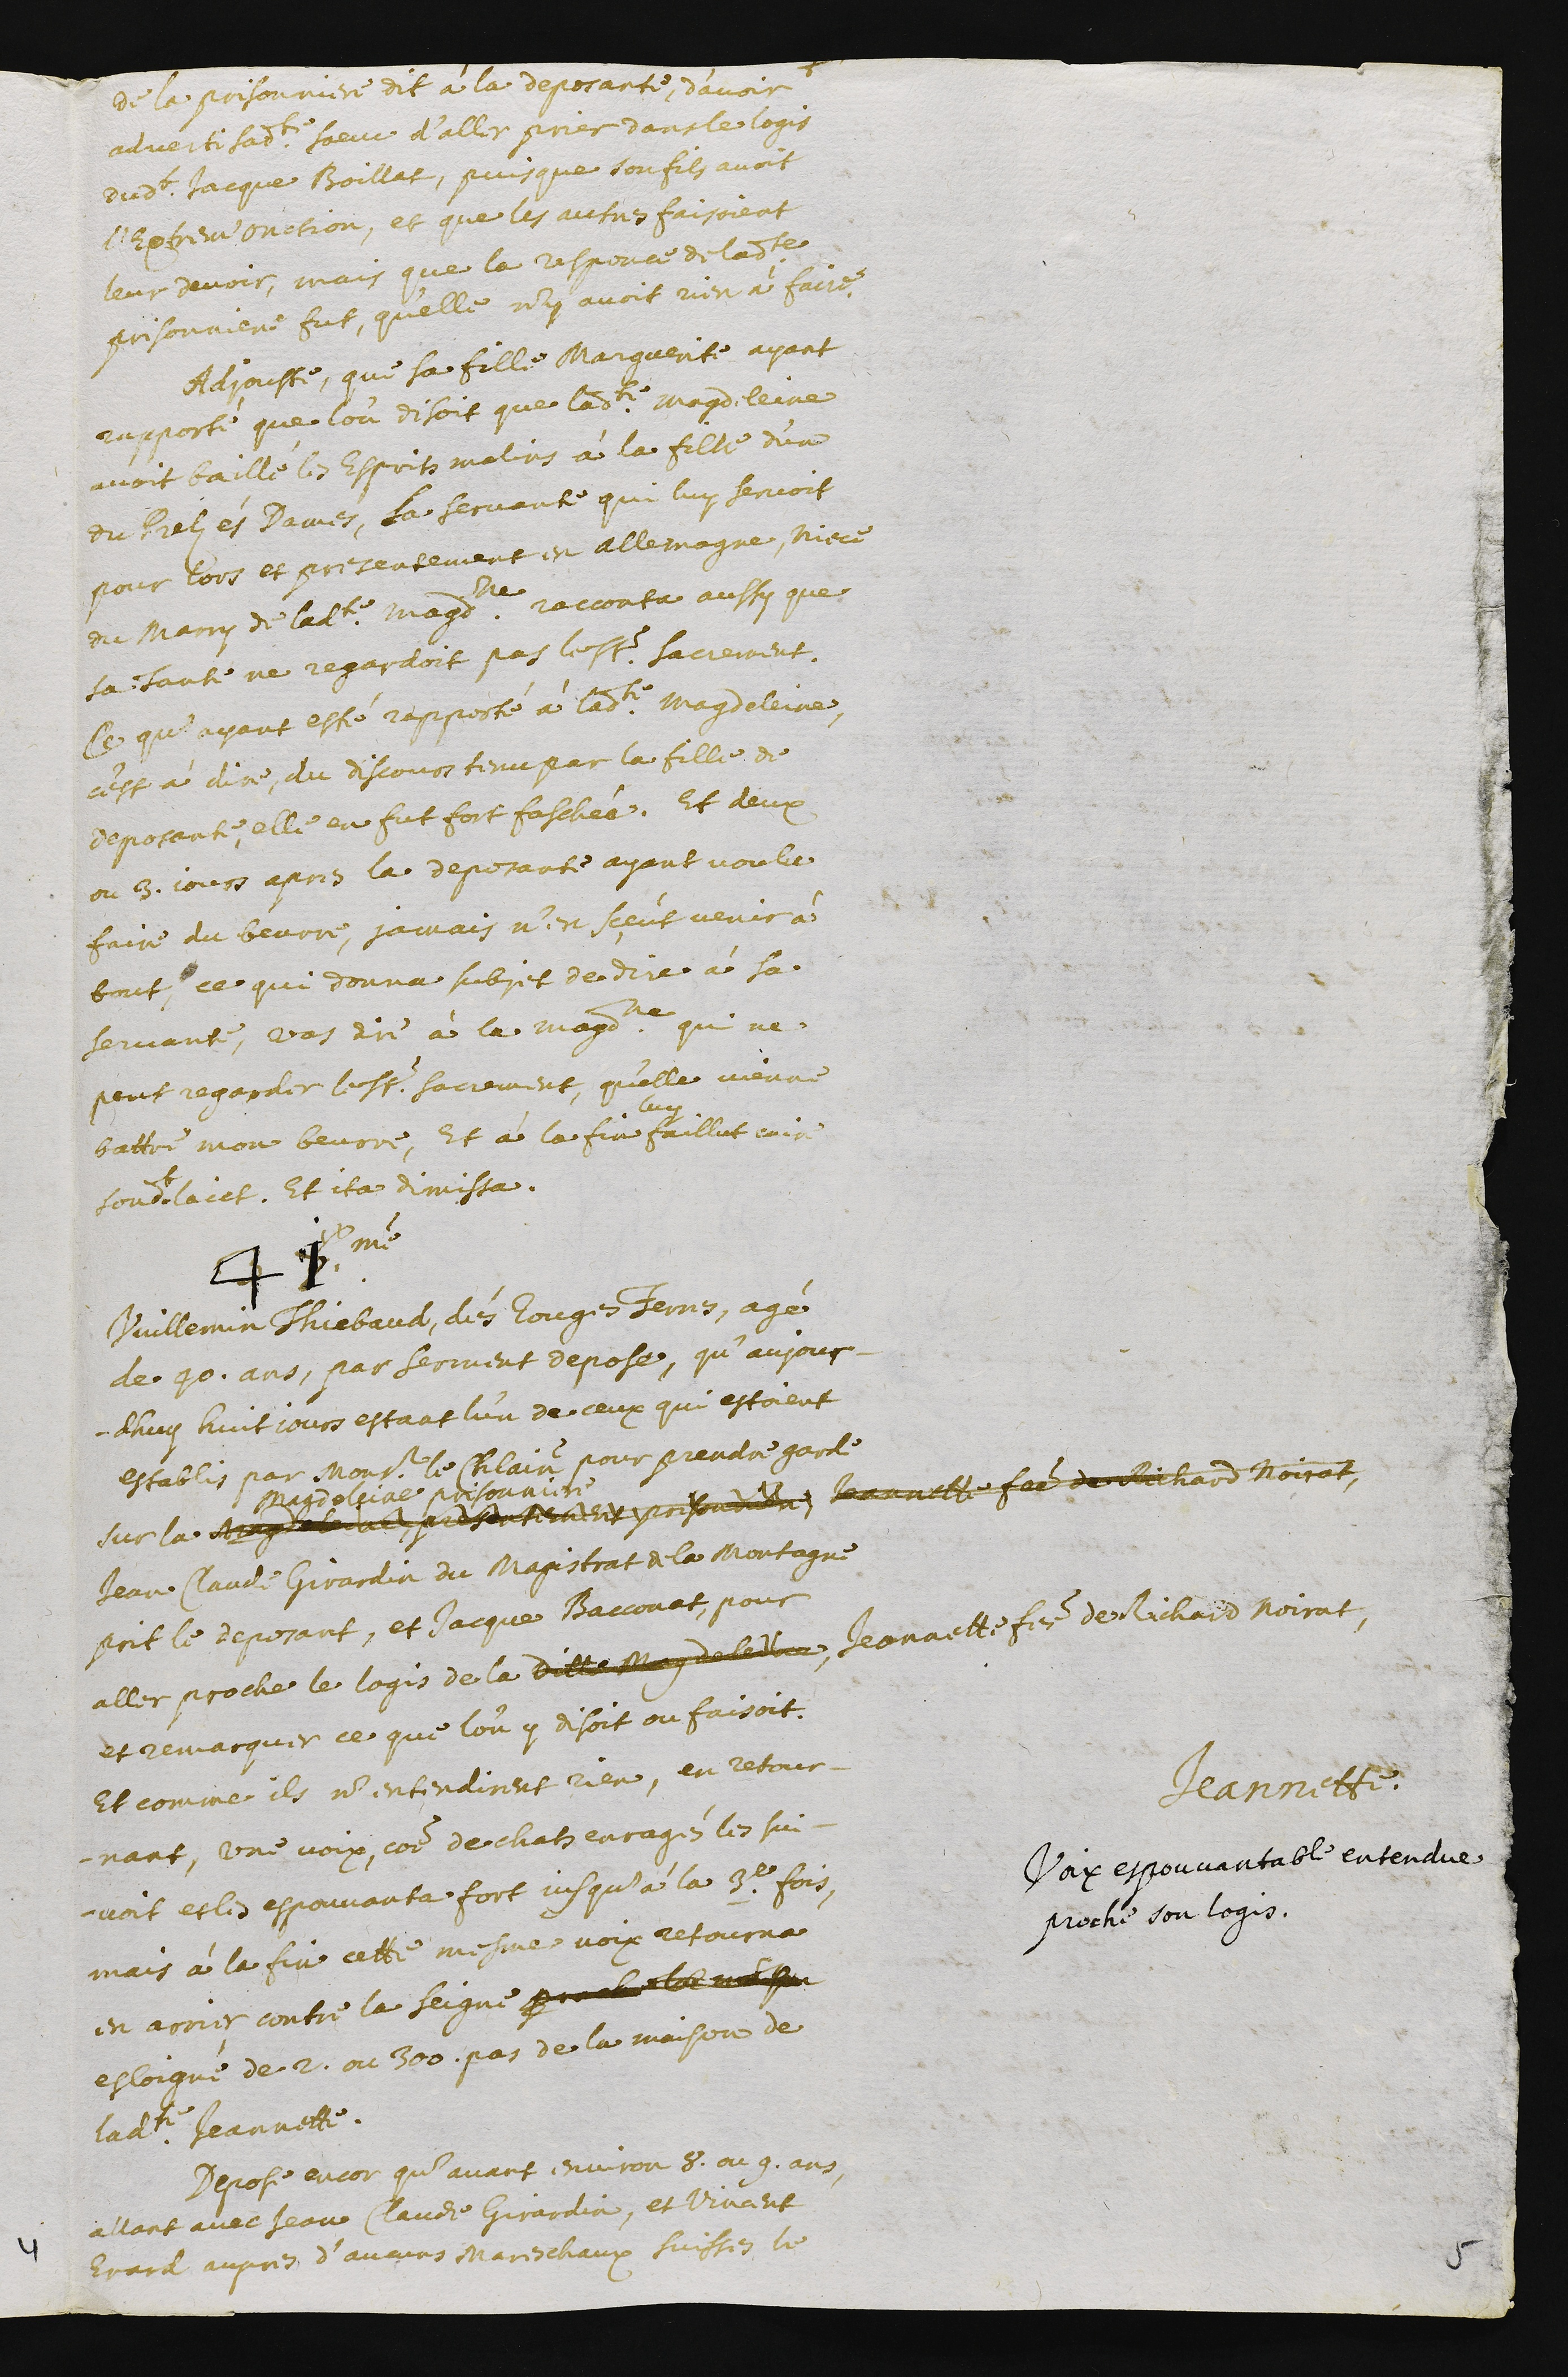
de la prisonniere dit à la deposante, d’avoir
adverti sadite sœur d’aller prier dans le logis
dudit Jacque Boillat, puisque son fils avoit
l’extreme onction, et que les autres faisoient
leur devoir, mais que la responce de ladite
prisonniere fut, qu’elle n’y avoit rien à faire.
Adjouste, que sa fille Marguerite ayant
rapporté que l’on disoit que ladite Magdeleine
avoit baillé les esprits malins à la fille d’un
du Prelz és Dames. La servante qui luy servoit
pour lors et presentement en Allemagne, niece
du marry de ladite Magdeleine racconta aussy que
sa tante ne regardoit pas le St. Sacrement.
Ce qu’ayant esté rapporté à ladite Magdeleine,
c’est à dire, du discours tenu par la fille de
deposante, elle en fut fort faschée. Et deux
ou 3. jours apres la deposante ayant voulu
faire du beurre, jamais n’en sçeut venir à
bout, ce qui donna subjet de dire à sa
servante, Vas dire à la Magdeleine qui ne
peut regarder le St. Sacrement, qu’elle vienne
battre mon beurre, Et à la fin
luy
faillut cuire
sondit laict. Et ita dimissa.
41.me
Vuillemin Thiebaud, dés Rouges Terres, agé
de 40. ans, par serment depose, qu’aujour-
dhuy huit jours estant l’un de ceux qui estoient
establis par monsieur le chatelain pour prendre garde
sur la Magdeleine, presentement prisonniere, Jeannette femme de Richard Noirat
Magdeleine prisonniere
Jeannette.
Voix espouvantable entendue
proche son logis.
Jean Claude Girardin du Magistrat a la Montagne
prit le deposant, et Jacque Bacconat, pour
aller proche le logis de la ditte Magdeleine, Jeannette femme de Richard Noirat,
et remarquer ce que l’on y disoit ou faisoit.
Et comme ils n’entendirent rien, en retour-
nant, une voix, comme de chats enragés les sui-
voit et les espouvanta fort jusqu’à la 3.e fois,
mais à la fin cette mesme voix retourna
en arrier, contre la Seigne proche la maison
esloigné de 2. ou 300. pas de la maison de
ladite Jeannette.
Depose encor qu’avant environ 8. ou 9. ans,
allant avec Jean Claude Girardin, et Vincent
Erard aupres d’aucuns mareschaux suisses le